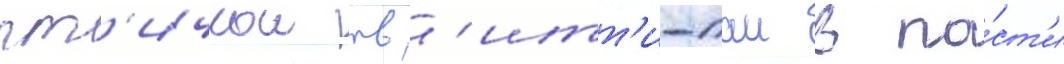
пт'ичкои тв'итт'и-паи в па́ст'и